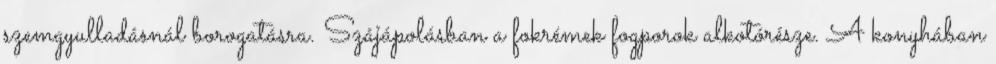
szemgyulladásnál borogatásra. Szájápolásban a fokrémek fogporok alkotórésze. A konyhában